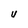
Character: U